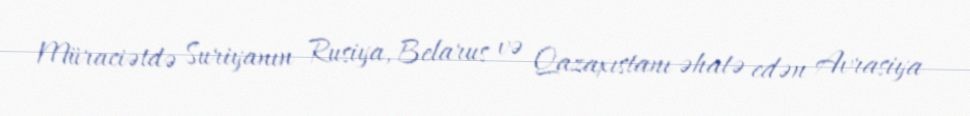
Müraciətdə Suriyanın Rusiya, Belarus və Qazaxıstanı əhatə edən Avrasiya